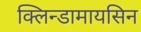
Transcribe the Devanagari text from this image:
क्लिन्डामायसिन